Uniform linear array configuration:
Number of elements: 64
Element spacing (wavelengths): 0.5
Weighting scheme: uniform
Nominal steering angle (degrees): -60
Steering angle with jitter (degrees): -59.035
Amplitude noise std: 0.05
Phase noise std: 0.05

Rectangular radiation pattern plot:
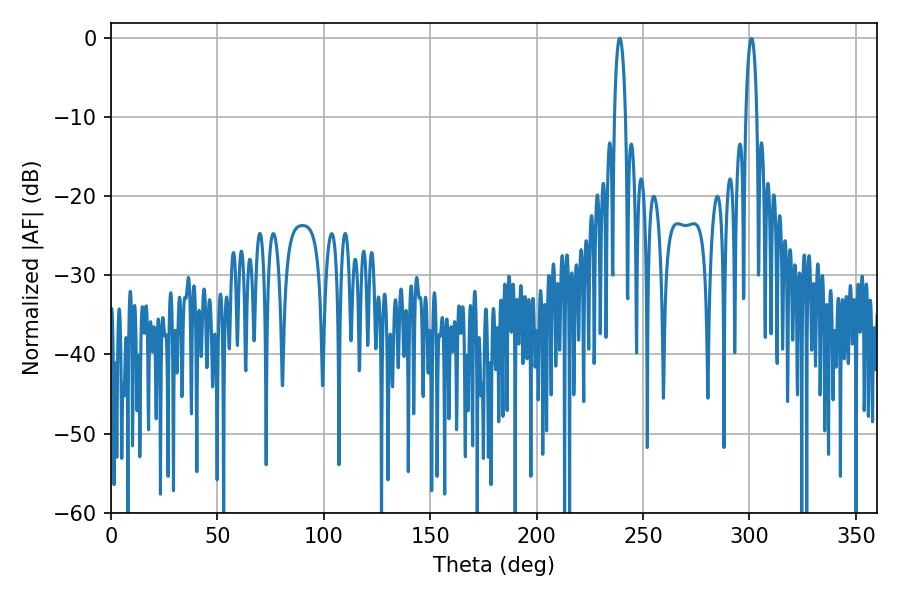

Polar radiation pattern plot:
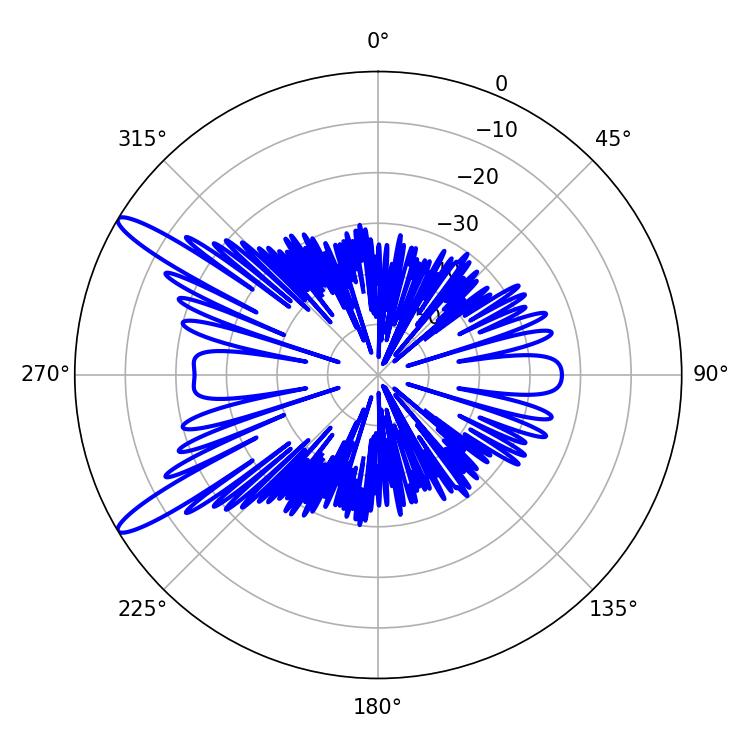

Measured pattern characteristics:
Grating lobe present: FALSE
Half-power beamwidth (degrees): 2.88
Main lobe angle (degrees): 239.04